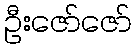
ဦးဇော်ဇော်